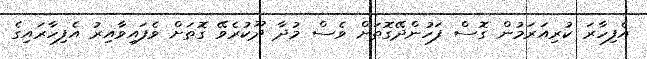
އެފިހާރަ ކުރިއަރަމުން ގޮސް ފަހުންދޭގޮތަށް ވެސް މުދާ ދޫކުރެވޭ ގޮތަށް ވެފައިވާއިރު އެފިހާރައިގެ